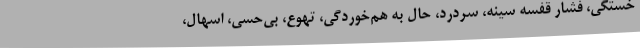
خستگی، فشار قفسه سینه، سردرد، حال به هم‌خوردگی، تهوع، بی‌حسی، اسهال،